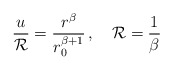
\begin{align*}{u \over {\cal R}}= {r^{\beta} \over r_0^{\beta + 1}}\, , \quad {\cal R} = {1 \over \beta}\end{align*}